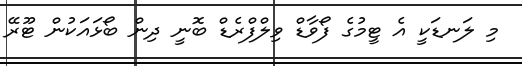
މި ލަނޑަކީ އެ ޓީމުގެ ފޯވާޑް ވިލްފްރެޑް ބޮނީ ދިން ބޯޅައަކުން ޓޫރޭ